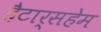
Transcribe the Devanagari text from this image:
हैटार्सहेम